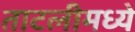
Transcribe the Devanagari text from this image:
ताटलीमध्ये